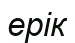
ерік